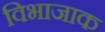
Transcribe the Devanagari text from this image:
विभाजाक